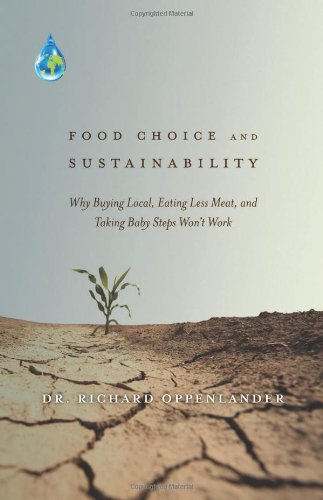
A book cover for Food Choice and Sustainability: Why Buying Local, Eating Less Meat, and Taking Baby Steps Won't Work; Dr. Richard Oppenlander; Science & Math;